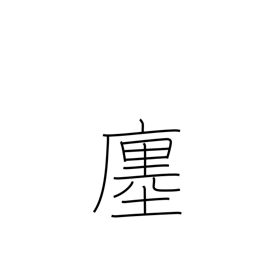
Meaning: store